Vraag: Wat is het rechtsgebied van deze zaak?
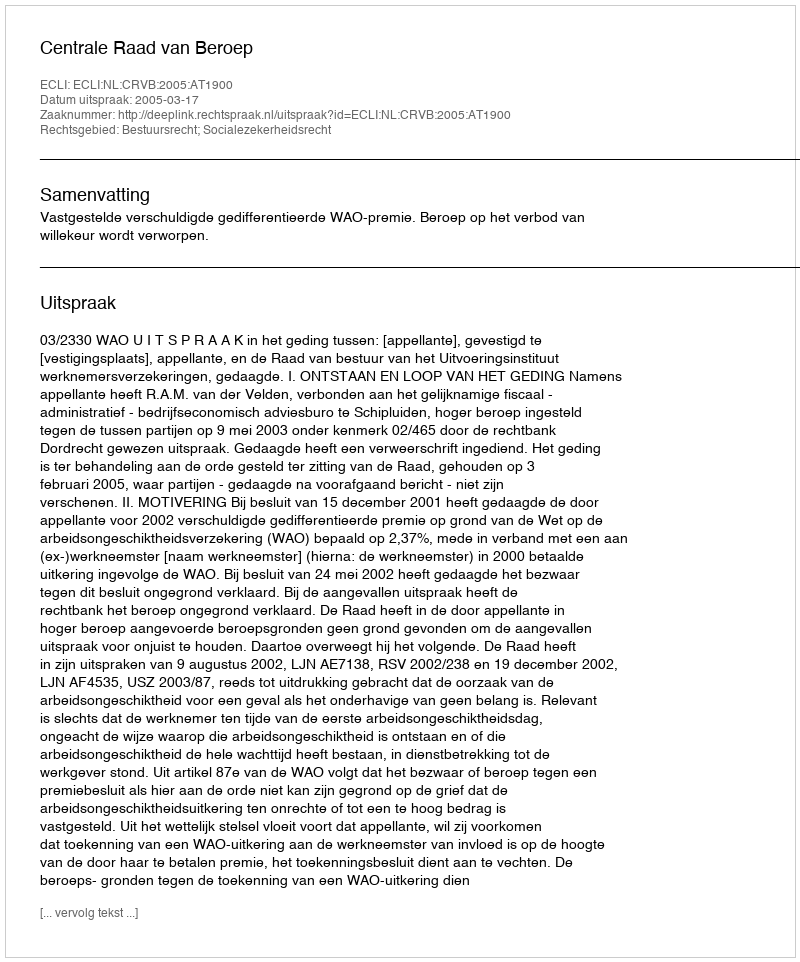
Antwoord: Bestuursrecht; Socialezekerheidsrecht